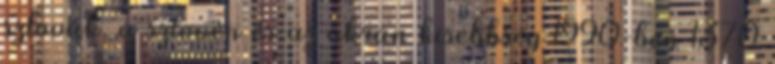
szlovák, a szlovén és az ukrán kisebbség 1990-ben 1370